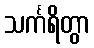
သင်္ကရိတွာ